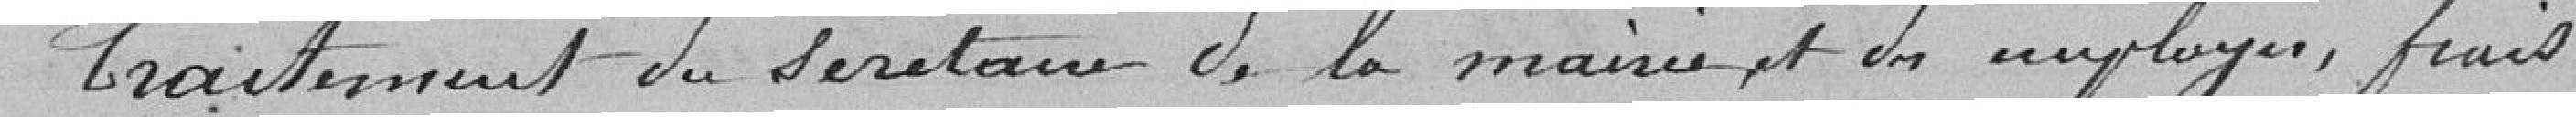
Traitement du secrétaire de la mairie et des employés, frais